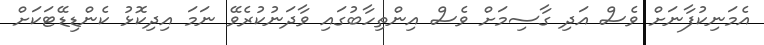
އެމަނިކުފާނަށް ވެސް އަދި ގާސިމަށް ވެސް އިންތިހާބުގައި ވާދަނުކުރެވޭ ނަމަ އިދިކޮޅު ކެންޑިޑޭޓަކަށް